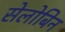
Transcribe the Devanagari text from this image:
सेलोबिन